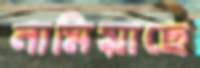
নামিয়াছে